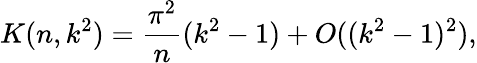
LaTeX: K(n,k^{2})=\frac{\pi^{2}}{n}(k^{2}-1)+O((k^{2}-1)^{2}),